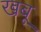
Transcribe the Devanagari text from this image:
खबू